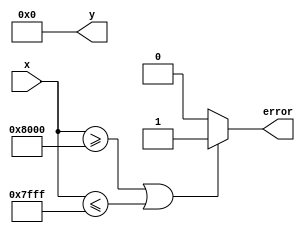
module atanh (
    input signed [15:0] x,      // Input: Fixed-point representation of x
    output reg signed [15:0] y,  // Output: Fixed-point representation of atanh(x)
    output reg error             // Error signal for out-of-range inputs
);

    // Internal signals
    wire signed [15:0] one_plus_x;
    wire signed [15:0] one_minus_x;
    wire signed [15:0] z;        // z = (1 + x) / (1 - x)
    wire signed [31:0] ln_z;     // ln(z) (using wider width for precision)
    wire signed [31:0] half_ln_z; // (1/2) * ln(z)

    // Range checking
    always @(*) begin
        if (x >= 16'h8000 || x <= 16'h7FFF) begin // Check if x is in (-1, 1)
            error = 1'b1; // Set error if out of range
            y = 16'h0000; // Default output
        end else begin
            error = 1'b0; // No error
            one_plus_x = x + 16'h0001; // 1 + x
            one_minus_x = 16'h0001 - x; // 1 - x
            
            // Division: z = (1 + x) / (1 - x)
            z = one_plus_x / one_minus_x; // Note: Division may need to be implemented as a separate module
            
            // Natural logarithm calculation (approximation or lookup)
            ln_z = natural_log(z); // Call to a logarithm function
            
            // Final calculation: y = (1/2) * ln(z)
            half_ln_z = ln_z >>> 1; // Right shift by 1 to divide by 2
            y = half_ln_z[15:0]; // Output the lower 16 bits
        end
    end

    // Simple logarithm approximation (placeholder)
    function signed [31:0] natural_log(input signed [15:0] value);
        // Implement a logarithm approximation or lookup table here
        // For simplicity, we will return a constant value for now
        // Replace this with actual logarithm calculation logic
        natural_log = 32'h00000000; // Placeholder
    endfunction

endmodule